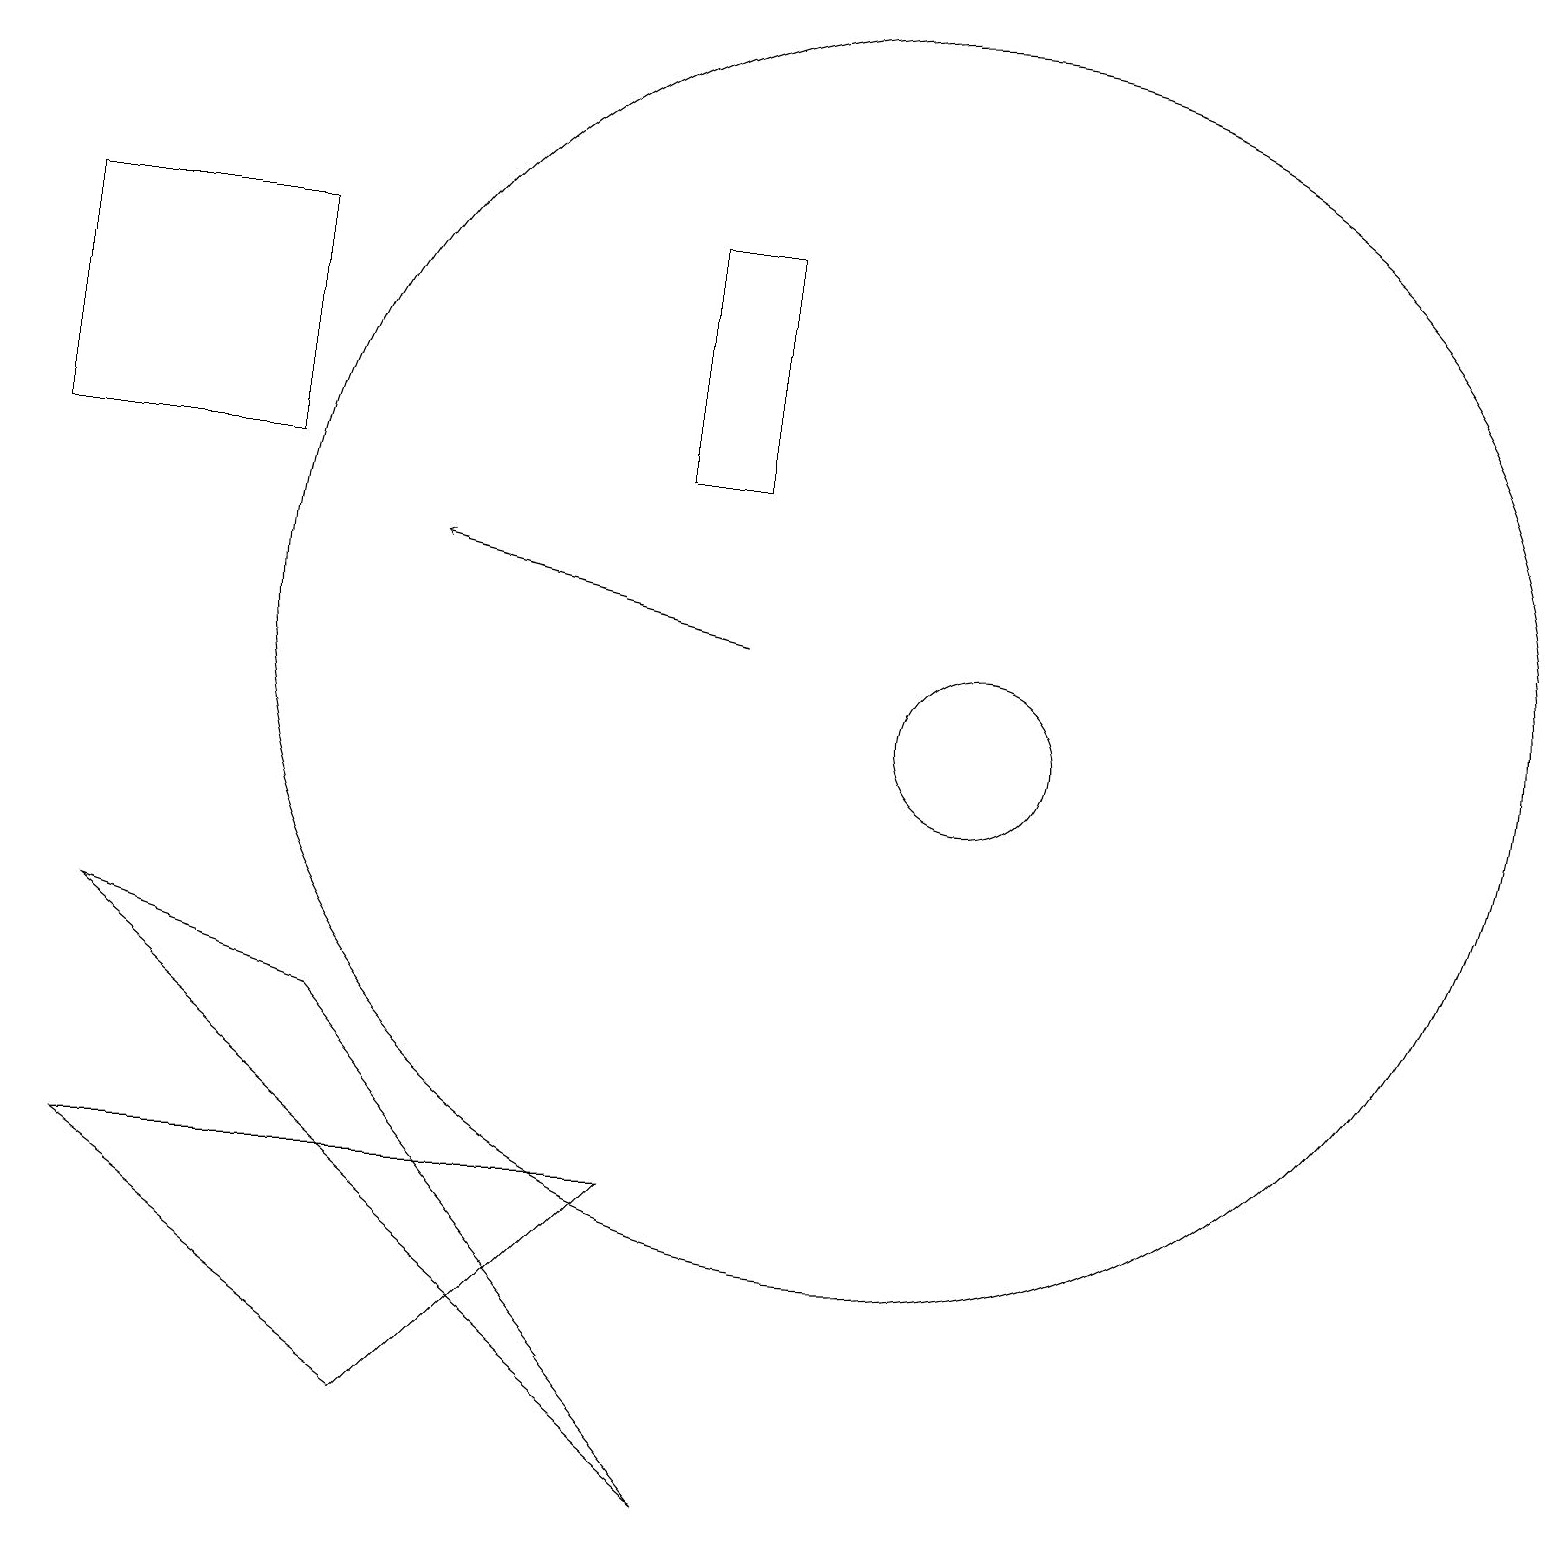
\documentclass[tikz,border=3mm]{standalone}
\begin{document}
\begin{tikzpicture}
\draw (11,12) circle (8);
\draw (9,14) rectangle (8,17);
\draw (12,11) circle (1);
\draw[->] (9,12) -- (5,13);
\draw (0,14) rectangle (3,17);
\draw (9,1) -- (4,7) -- (1,8) -- cycle;
\draw (8,5) -- (5,2) -- (1,5) -- cycle;
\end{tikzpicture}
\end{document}